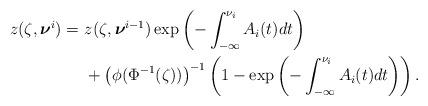
LaTeX: \begin{align*} z(\zeta, \boldsymbol{\nu}^i) = &\ z(\zeta, \boldsymbol{\nu}^{i-1}) \exp \left ( - \int_{-\infty}^{\nu_i} A_i(t) dt \right ) \\&\ + \left( \phi(\Phi^{-1}(\zeta)) \right )^{-1} \left ( 1 - \exp \left ( - \int_{-\infty}^{\nu_i} A_i(t) dt \right ) \right ).\end{align*}